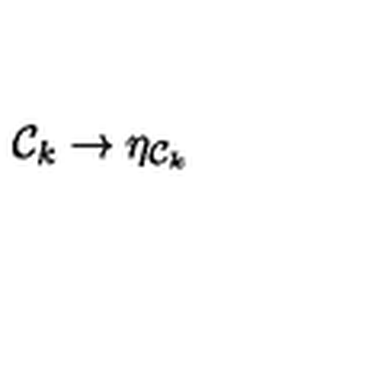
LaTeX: { \cal { C } } _ { k } \to \eta _ { { \cal { C } } _ { k } }